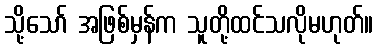
သို့သော် အဖြစ်မှန်က သူတို့ထင်သလိုမဟုတ်။